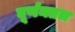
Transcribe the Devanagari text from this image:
घूर्णनतल